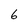
Character: 6